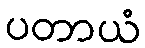
ပတာယံ